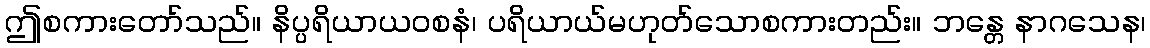
ဤစကားတော်သည်။ နိပ္ပရိယာယဝစနံ၊ ပရိယာယ်မဟုတ်သောစကားတည်း။ ဘန္တေ နာဂသေန၊